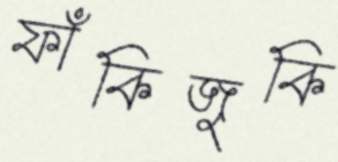
ফাঁকিজুকি